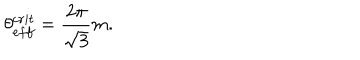
LaTeX: \theta _ { e f f } ^ { c r i t } = \frac { 2 \pi } { \sqrt { 3 } } m .